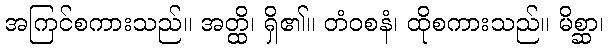
အကြင်စကားသည်။ အတ္ထိ၊ ရှိ၏။ တံဝစနံ၊ ထိုစကားသည်။ မိစ္ဆာ၊